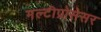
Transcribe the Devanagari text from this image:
मल्टीप्रोसेसर